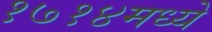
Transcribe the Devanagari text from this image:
१७१४मध्ये